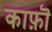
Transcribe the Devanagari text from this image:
काफ़ॊ